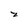
Character: 2